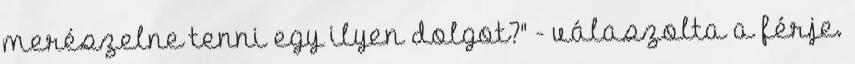
merészelne tenni egy ilyen dolgot?" - válaszolta a férje.